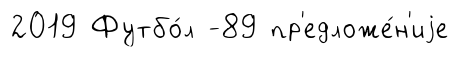
2019 Футбо́л -89 пр'едложе́н'иjе